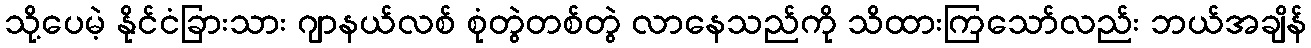
သို့ပေမဲ့ နိုင်ငံခြားသား ဂျာနယ်လစ် စုံတွဲတစ်တွဲ လာနေသည်ကို သိထားကြသော်လည်း ဘယ်အချိန်